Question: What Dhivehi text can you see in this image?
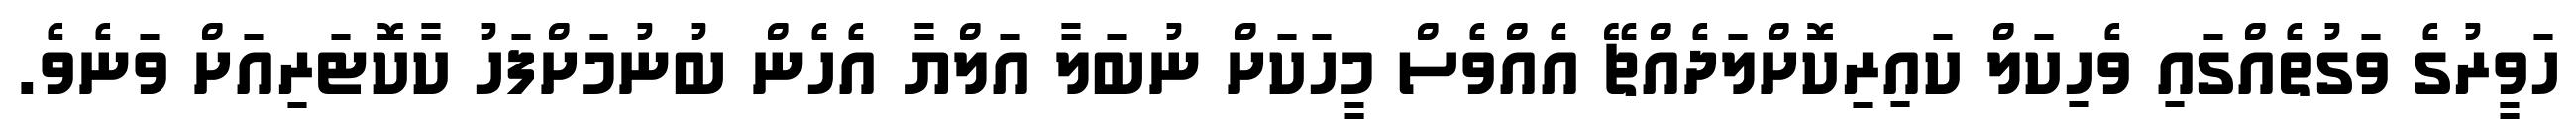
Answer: ހަވީރުގެ ވަގުތެއްގައި ވެހިކަލް ކައިރިކޮށްލަދެއްޗޭ އެއްވެސް މީހަކަށް ނުބަލާ އަލްޔާ އެހެން ބުނުމަށްފަހު ކާކޮޓަރިއަށް ވަނެވެ.